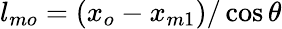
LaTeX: l_{mo}=(x_{o}-x_{m1})/\cos{\theta}